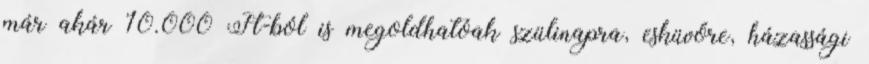
már akár 10.000 Ft-ból is megoldhatóak szülinapra, esküvőre, házassági